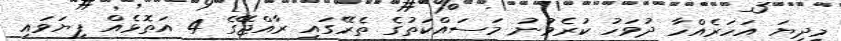
މިދިޔަ އަހަރެއްހާ ދުވަހު ކުރެވުނު މަސައްކަތުގެ ތެރޭގައި ރާއްޖޭގެ 4 އަތޮޅެއް ފިޔަވައި